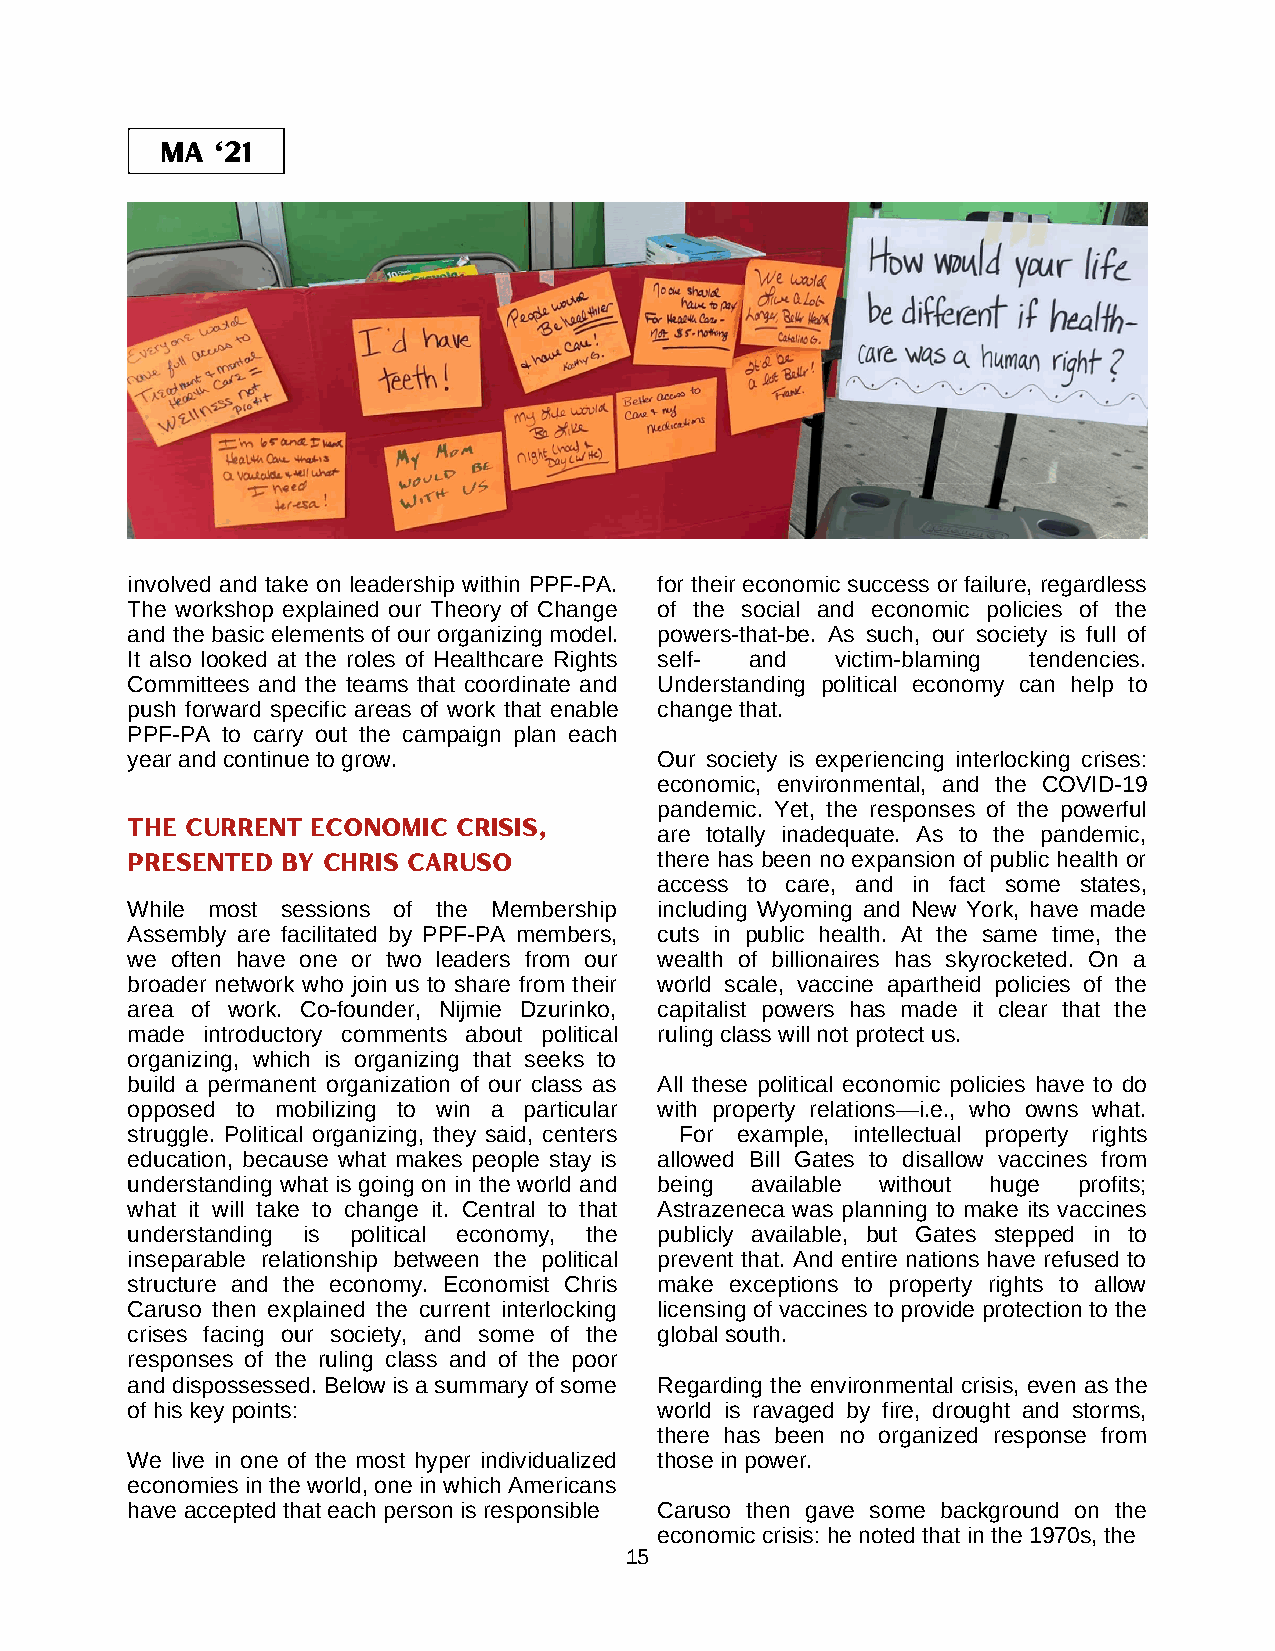
MA '21
 involved and take on leadership within PPF-PA. for their economic success or failure, regardless
 The workshop explained our Theory of Change of the social and economic policies of the
 and the basic elements of our organizing model. powers-that-be. As such, our society is full of
 It also looked at the roles of Healthcare Rights self- and victim-blaming tendencies.
 Committees and the teams that coordinate and Understanding political economy can help to
 push forward specific areas of work that enable change that.
 PPF-PA to carry out the campaign plan each
 year and continue to grow.          Our society is experiencing interlocking crises:
 economic, environmental, and the COVID-19
 pandemic. Yet, the responses of the powerful
 The Current  Economic Crisis,       are totally inadequate. As to the pandemic,
 presented  by chris Caruso          there has been no expansion of public health or
 access to care, and in fact some states,
 While most sessions of the Membership including Wyoming and New York, have made
 Assembly are facilitated by PPF-PA members, cuts in public health. At the same time, the
 we often have one or two leaders from our wealth of billionaires has skyrocketed. On a
 broader network who join us to share from their world scale, vaccine apartheid policies of the
 area of work. Co-founder, Nijmie Dzurinko, capitalist powers has made it clear that the
 made introductory comments about political ruling class will not protect us.
 organizing, which is organizing that seeks to
 build a permanent organization of our class as All these political economic policies have to do
 opposed to mobilizing to win a particular with property relations—i.e., who owns what.
 struggle. Political organizing, they said, centers For example, intellectual property rights
 education, because what makes people stay is allowed Bill Gates to disallow vaccines from
 understanding what is going on in the world and being available without huge profits;
 what it will take to change it. Central to that Astrazeneca was planning to make its vaccines
 understanding is political economy, the publicly available, but Gates stepped in to
 inseparable relationship between the political prevent that. And entire nations have refused to
 structure and the economy. Economist Chris make exceptions to property rights to allow
 Caruso then explained the current interlocking licensing of vaccines to provide protection to the
 crises facing our society, and some of the global south.
 responses of the ruling class and of the poor
 and dispossessed. Below is a summary of some Regarding the environmental crisis, even as the
 of his key points:                  world is ravaged by fire, drought and storms,
 there has been no organized response from
 We live in one of the most hyper individualized those in power.
 economies in the world, one in which Americans
 have accepted that each person is responsible Caruso then gave some background on the
 economic crisis: he noted that in the 1970s, the
 15